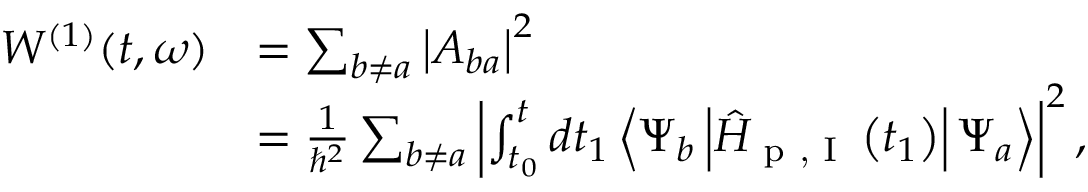
\begin{array} { r l } { W ^ { ( 1 ) } ( t , \omega ) } & { = \sum _ { b \neq a } \left| A _ { b a } \right| ^ { 2 } } \\ & { = \frac { 1 } { \hbar ^ { 2 } } \sum _ { b \neq a } \left| \int _ { t _ { 0 } } ^ { t } d t _ { 1 } \left\langle \Psi _ { b } \left| \hat { H } _ { \textrm { p , I } } \left( t _ { 1 } \right) \right| \Psi _ { a } \right\rangle \right| ^ { 2 } , } \end{array}